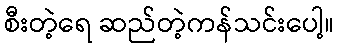
စီးတဲ့ရေ ဆည်တဲ့ကန်သင်းပေါ့။